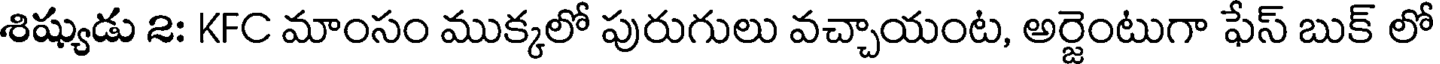
శిష్యుడు 2: KFC మాంసం ముక్కలో పురుగులు వచ్చాయంట, అర్జెంటుగా ఫేస్ బుక్ లో